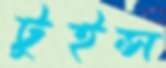
টুইন্স